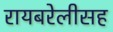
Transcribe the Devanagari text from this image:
रायबरेलीसह